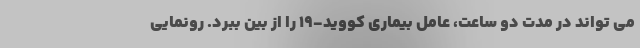
می تواند در مدت دو ساعت، عامل بیماری کووید-۱۹ را از بین ببرد. رونمایی